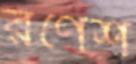
রণেশ